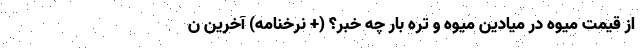
از قیمت میوه در میادین میوه و تره بار چه خبر؟ (+ نرخنامه) آخرین ن